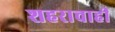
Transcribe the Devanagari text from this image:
शहराचाही